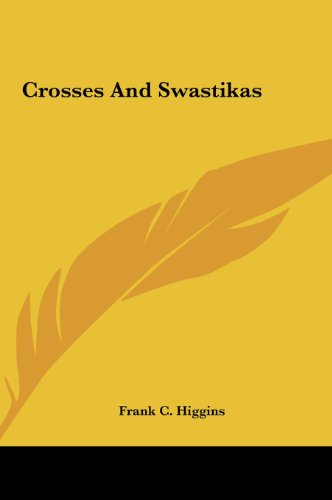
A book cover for Crosses And Swastikas; Frank C. Higgins; Computers & Technology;